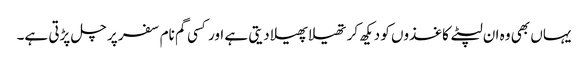
یہاں بھی وہ ان لپٹے کاغذوں کو دیکھ کر تھیلا پھیلا دیتی ہے اور کسی گم نام سفر پر چل پڑتی ہے۔